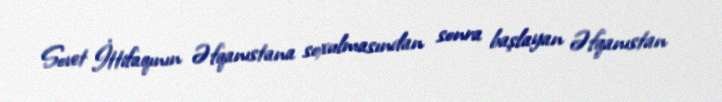
Sovet İttifaqının Əfqanıstana soxulmasından sonra başlayan Əfqanıstan